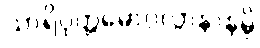
သာရိပုတ္တမောဂ္ဂလ္လာနာနမ္ပိ